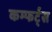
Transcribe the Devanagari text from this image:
कम्फर्ट्स